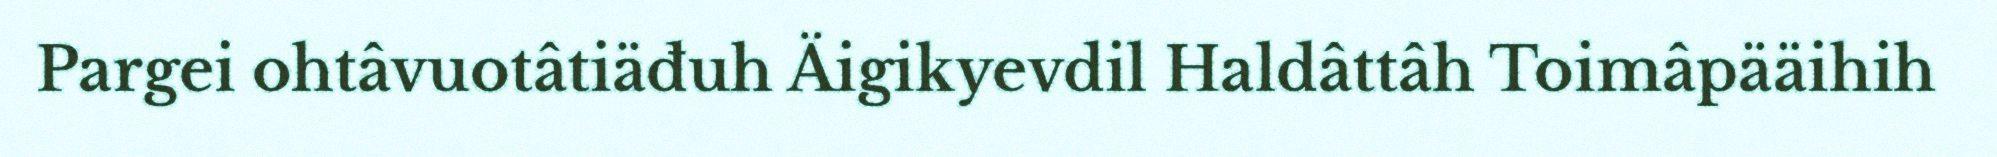
Pargei ohtâvuotâtiäđuh Äigikyevdil Haldâttâh Toimâpääihih